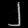
Digit: ၂